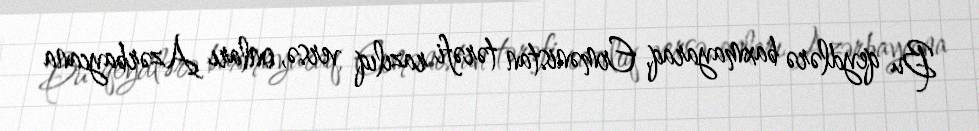
Bu qeydlərə baxmayaraq, Ermənistan tərəfi razılıq versə, onları Azərbaycana